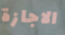
الاجازة